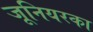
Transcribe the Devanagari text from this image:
जूनियरका